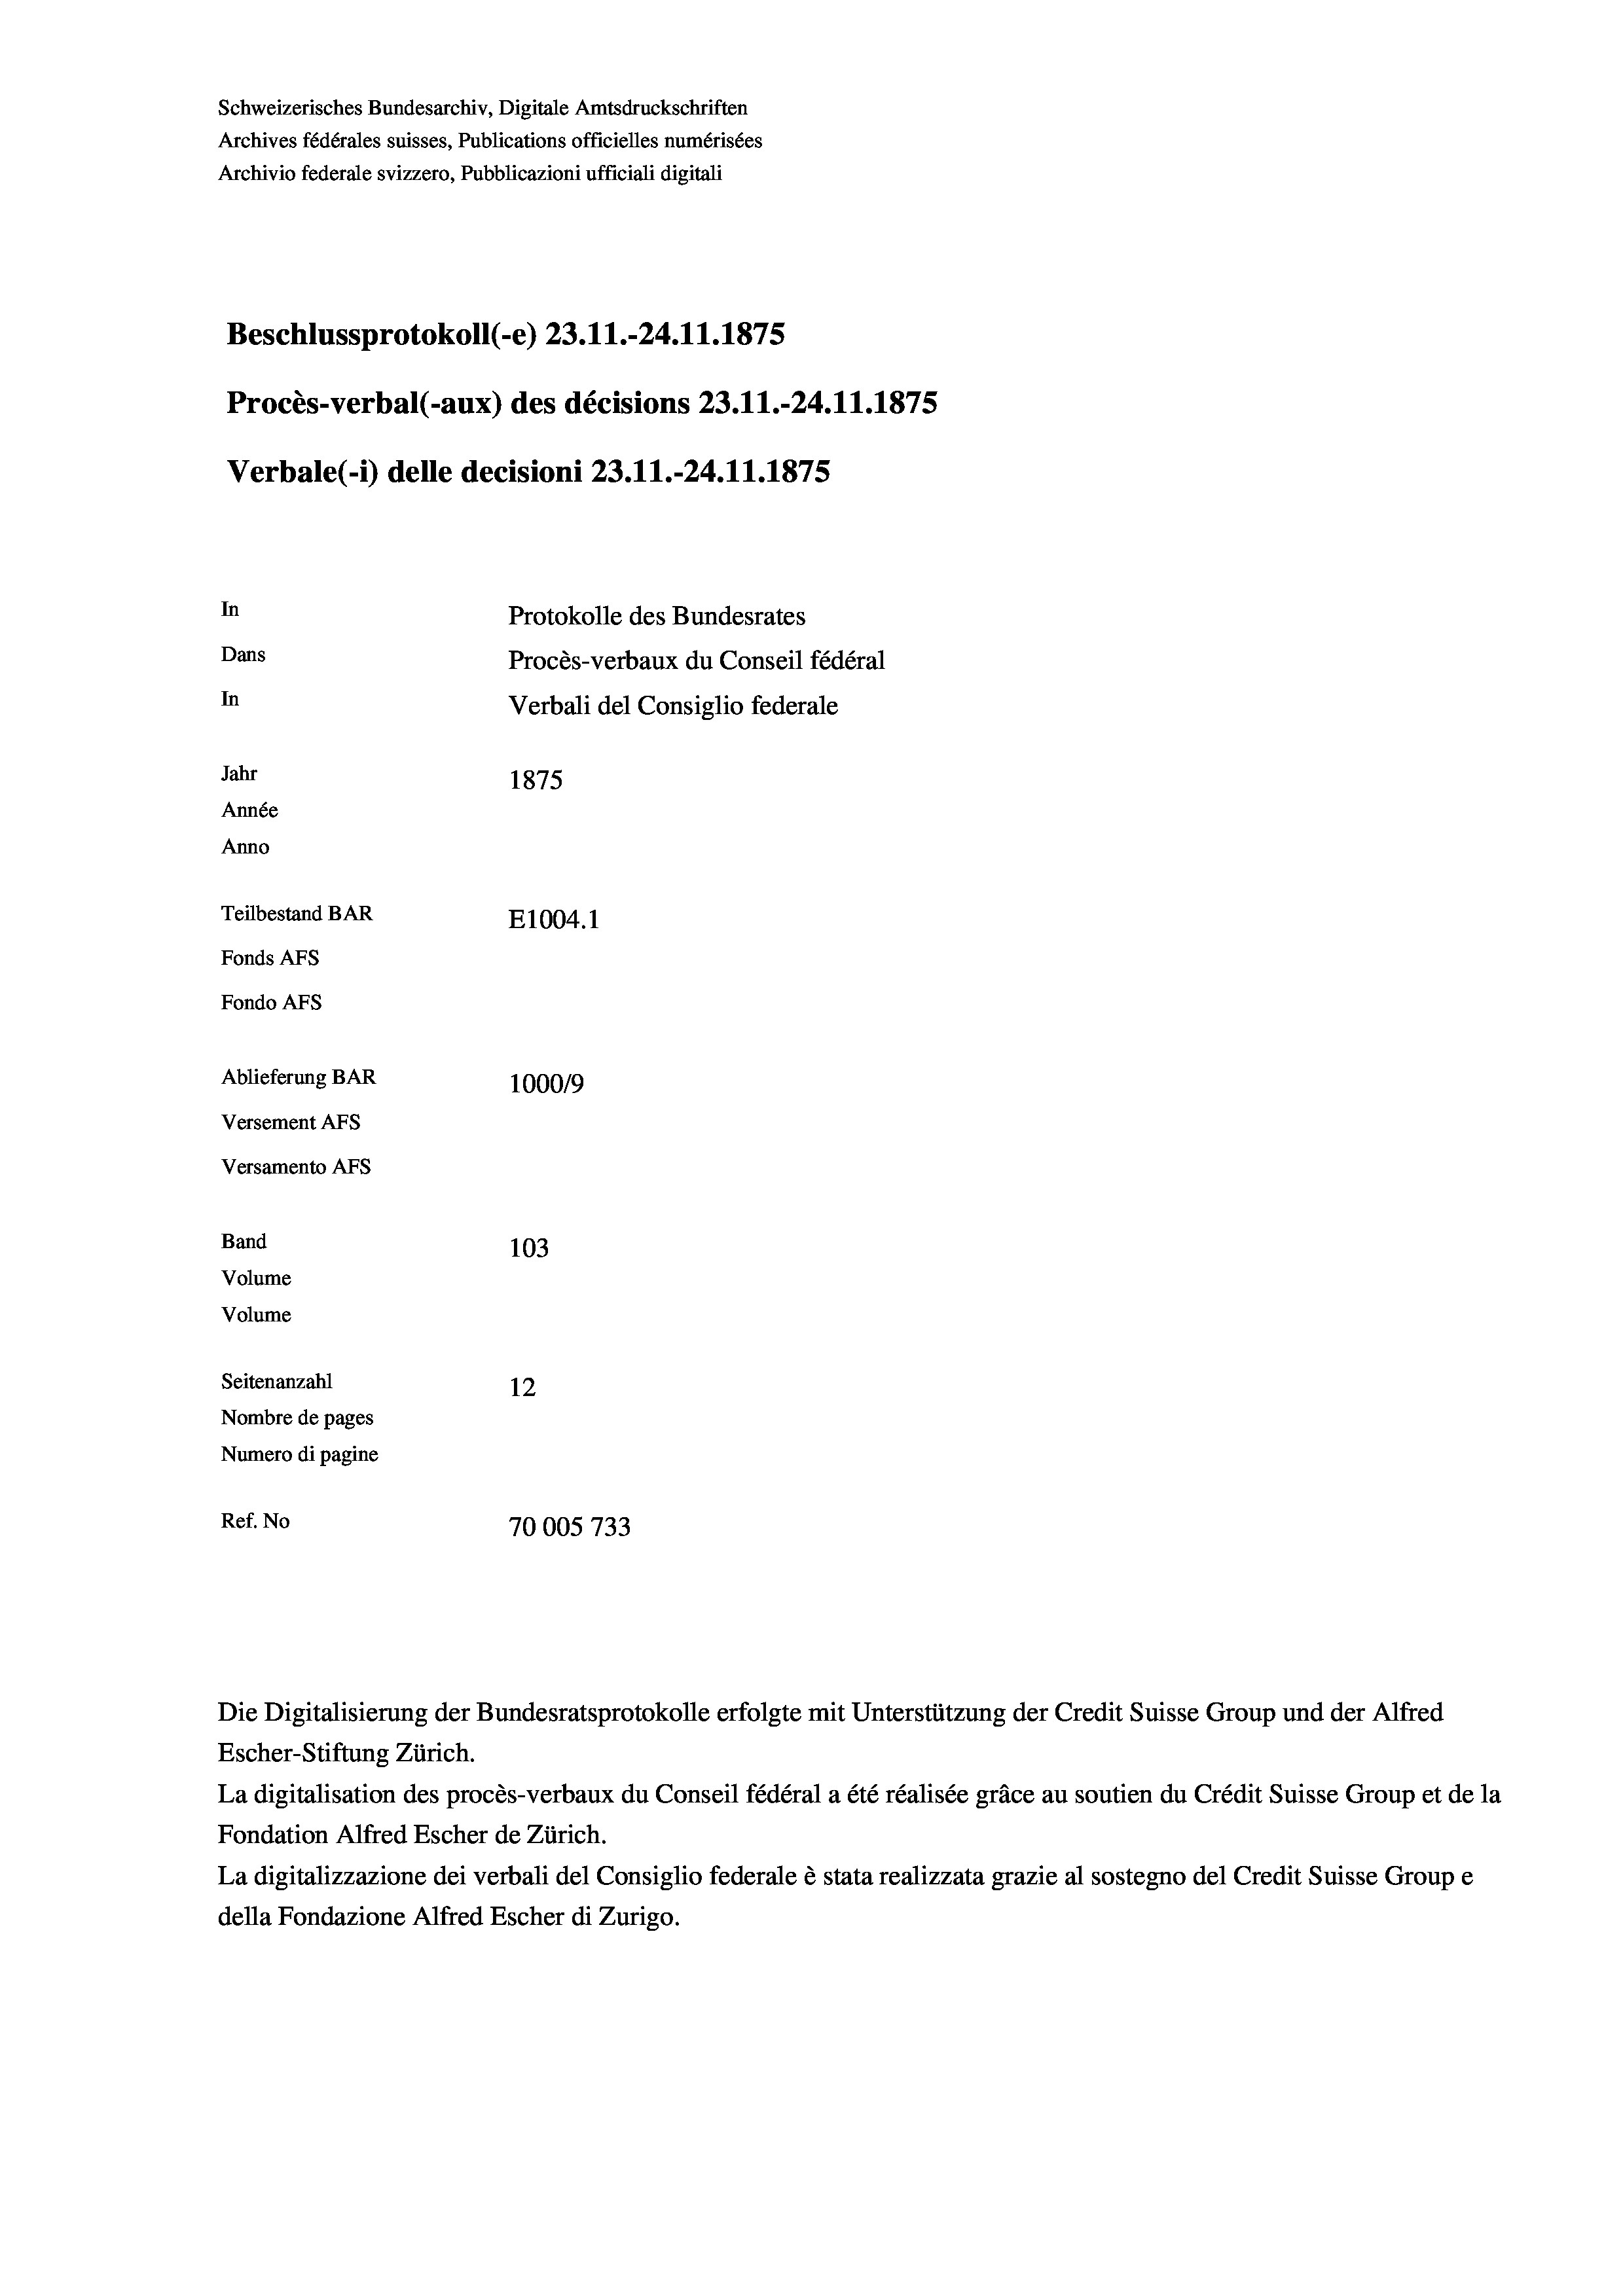
Schweizerisches Bundesarchiv, Digitale Amtsdruckschriften
Archives fédérales suisses, Publications officielles numérisées
Archivio federale svizzero, Pubblicazioni ufficiali digitali
Beschlussprotokoll (-e) 23.11.-24.11.1875
Procès-verbal (-aux) des décisions 23.11.-24.11.1875
Verbale(*) delle decisioni 23.11.-24.11.1875
In
Protokolle des Bundesrates
Dans
Procès-verbaux du Conseil fédéral
In
Verbali del Consiglio federale
Jahr
1875
Année
Anno
Teilbestand BAR
E1004. 1
Fonds Afs
Fondo AFs
Ablieferung BAR
100019
Versement AFs
Versamento AFs
Band
103

Seitenanzahl
12
Nombre de pages
Numero di pagine
Ref. No
70005733

Volume
Volume

Die Digitalisierung der Bundesratsprotokolle erfolgte mit Unterstützung der Credit Suisse Group und der Alfred
Escher-Stiftung Zürich.
La digitalisation des procès-verbaux du Conseil fédéral a été réalisée gräce au soutien du Crédit Suisse Group et de la
Fondation Alfred Escher de Zürich.
La digitalizzazione dei verbali del Consiglio federale è stata realizzata grazie al sostegno del Credit Suisse Groupe
della Fondazione Alfred Escher di Zurigo.